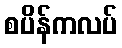
စပိန်ကလပ်